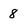
Character: 8